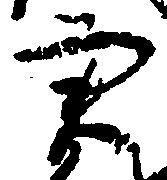
実